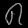
Digit: ၈